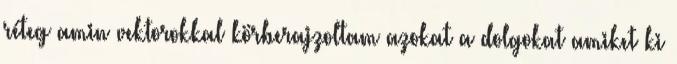
réteg amin vektorokkal körberajzoltam azokat a dolgokat amiket ki